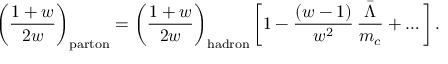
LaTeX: \bigg ( { \frac { 1 + w } { 2 w } } \bigg ) _ { \mathrm { p a r t o n } } = \bigg ( { \frac { 1 + w } { 2 w } } \bigg ) _ { \mathrm { h a d r o n } } \, \bigg [ 1 - { \frac { ( w - 1 ) } { w ^ { 2 } } } \, { \frac { \bar { \Lambda } } { m _ { c } } } + \ldots \bigg ] \, .